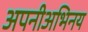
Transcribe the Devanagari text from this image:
अपनीअभिनय